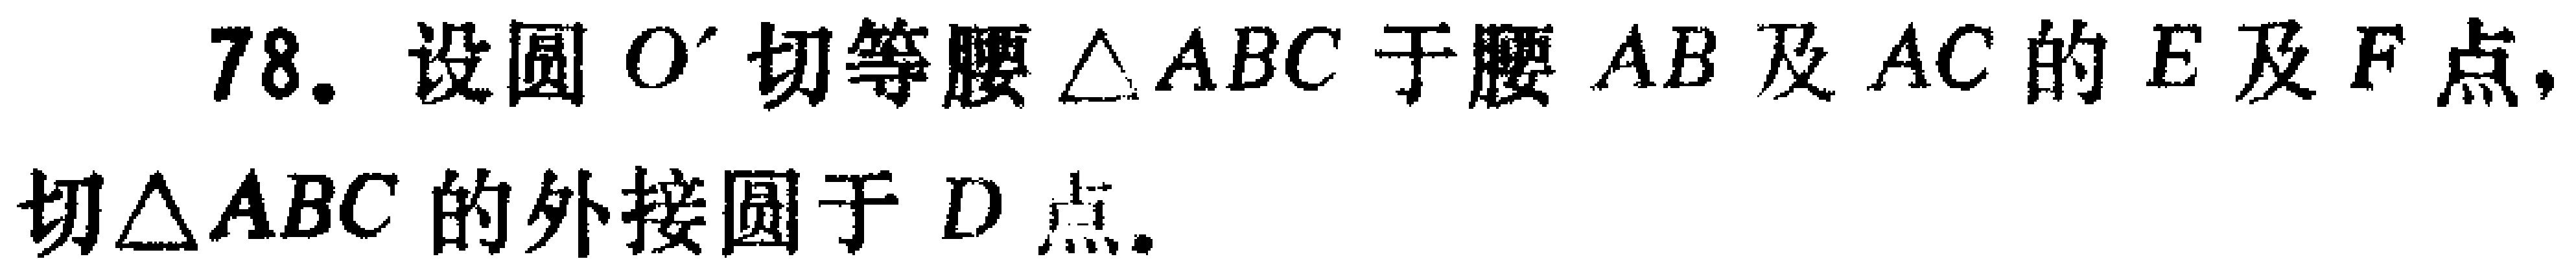
78. 设圆 \(O'\) 切等腰 \(\triangle ABC\) 于腰 \(AB\) 及 \(AC\) 的 \(E\) 及 \(F\) 点，切 \(\triangle ABC\) 的外接圆于 \(D\) 点。